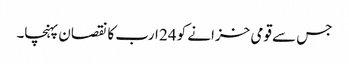
جس سے قومی خزانے کو 24 ارب کا نقصان پہنچا۔